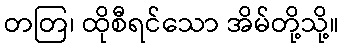
တတြ၊ ထိုစီရင်သော အိမ်တို့သို့။